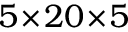
5 \! \times \! 2 0 \! \times \! 5